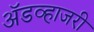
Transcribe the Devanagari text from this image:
ॲडव्हाजरी